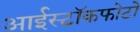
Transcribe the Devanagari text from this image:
आईस्टॉकफोटो